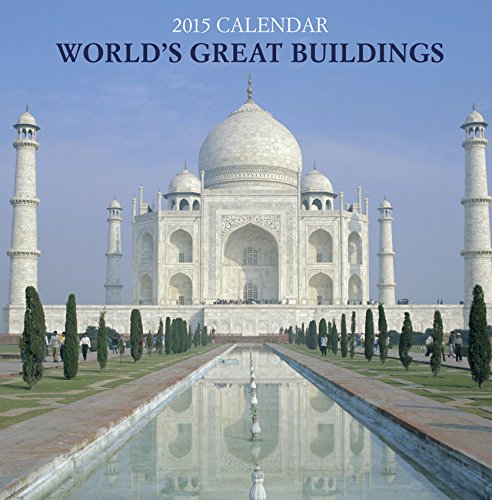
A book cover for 2015 Calendar: World's Great Buildings: 12-Month Calendar Featuring Wonderful Photography And Space In Write In Key Events; Peony Press; Calendars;